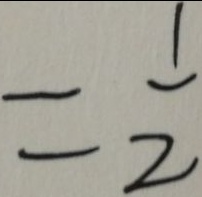
= \frac { 1 } { 2 }